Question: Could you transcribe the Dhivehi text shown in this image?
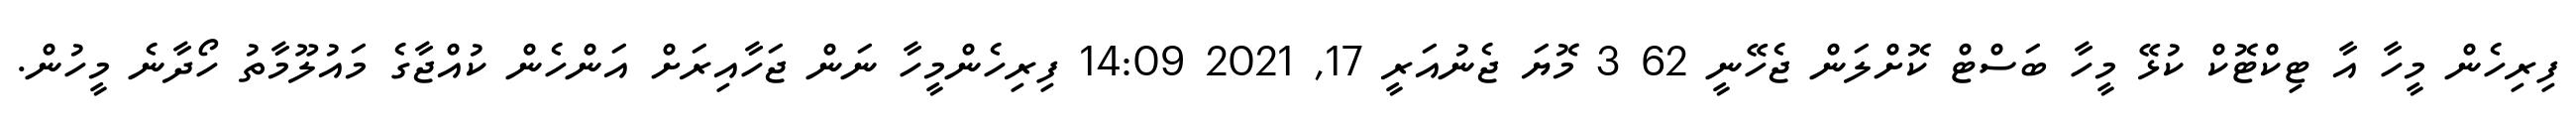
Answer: ފިރިހެން މީހާ އާ ޓިކްޓޮކް ކުޅޭ މީހާ ބަސްޓް ކޮށްލަން ޖެހޭނީ 62 3 މޮޔަ ޖެނުއަރީ 17, 2021 14:09 ފިރިހެންމީހާ ނަން ޖަހާއިރަށް އަންހެން ކުއްޖާގެ މައުލޫމާތު ހޯދާނެ މީހުން.